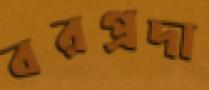
বরপ্রদা